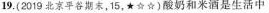
19.(2019北京平谷期末，15，\star\star\star)酸奶和米酒是生活中